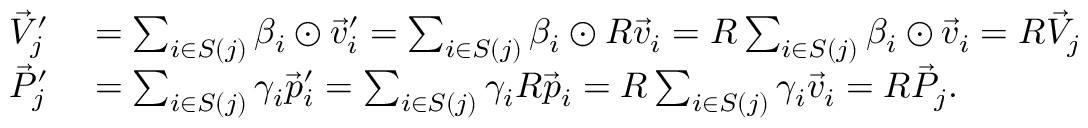
\begin{array} { r l } { \vec { V } _ { j } ^ { \prime } } & { { } = \sum _ { i \in S ( j ) } \beta _ { i } \odot \vec { v } _ { i } ^ { \prime } = \sum _ { i \in S ( j ) } \beta _ { i } \odot R \vec { v } _ { i } = R \sum _ { i \in S ( j ) } \beta _ { i } \odot \vec { v } _ { i } = R \vec { V } _ { j } } \\ { \vec { P } _ { j } ^ { \prime } } & { { } = \sum _ { i \in S ( j ) } \gamma _ { i } \vec { p } _ { i } ^ { \prime } = \sum _ { i \in S ( j ) } \gamma _ { i } R \vec { p } _ { i } = R \sum _ { i \in S ( j ) } \gamma _ { i } \vec { v } _ { i } = R \vec { P } _ { j } . } \end{array}